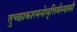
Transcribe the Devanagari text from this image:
तुच्छाकारमनोवृत्तिर्यस्यासौ